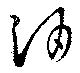
酒